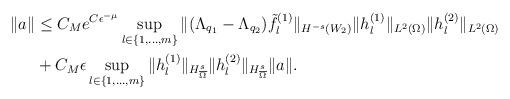
LaTeX: \begin{align*}\|a\| &\leq C_M e^{C \epsilon^{-\mu}} \sup\limits_{l \in \{1,\dots,m\}} \|(\Lambda_{q_1}-\Lambda_{q_2}) \tilde{f}_l^{(1)}\|_{H^{-s}(W_2)} \|h_{l}^{(1)}\|_{L^2(\Omega)} \|h_{l}^{(2)}\|_{L^2(\Omega)} \\& + C_M \epsilon \sup\limits_{l\in \{1,\dots,m\}} \|h_{l}^{(1)}\|_{H^{s}_{\overline{\Omega}}}\|h_{l}^{(2)}\|_{H^{s}_{\overline{\Omega}}}\|a\|.\end{align*}